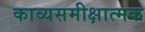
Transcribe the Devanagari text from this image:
काव्यसमीक्षात्मक